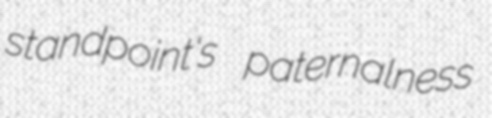
standpoint's paternalness